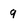
Character: 9